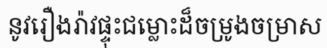
នូវរឿងរ៉ាវផ្ទុះជម្លោះដ៏ចម្រូងចម្រាស